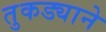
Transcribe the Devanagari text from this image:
तुकड्याने